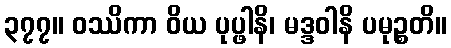
၃၇၇။ ဝဿိကာ ဝိယ ပုပ္ဖါနိ၊ မဒ္ဒဝါနိ ပမုဉ္စတိ။